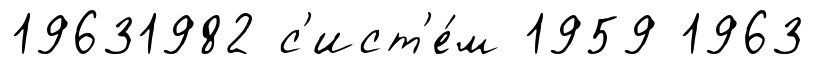
19631982 с'ист'е́м 1959 1963